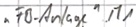
Text: "FB_Anlage".M1